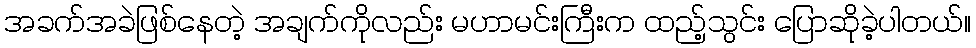
အခက်အခဲဖြစ်နေတဲ့ အချက်ကိုလည်း မဟာမင်းကြီးက ထည့်သွင်း ပြောဆိုခဲ့ပါတယ်။